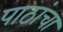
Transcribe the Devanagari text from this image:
पाठांचा